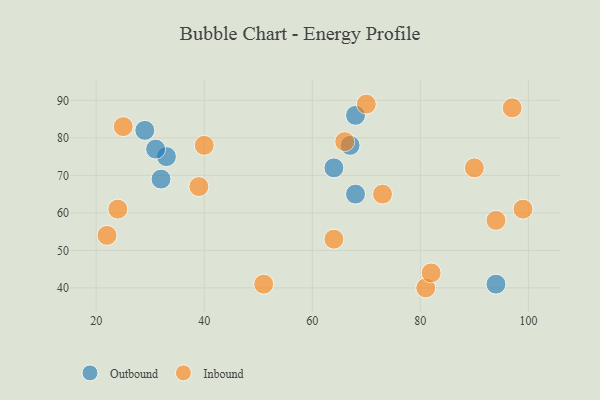
{"axis": {"x": "GDP", "y": "Life Expectancy"}, "legend": ["Inbound", "Outbound"], "data": [{"x": "29", "y": 82, "type": "Outbound"}, {"x": "33", "y": 75, "type": "Outbound"}, {"x": "31", "y": 77, "type": "Outbound"}, {"x": "64", "y": 72, "type": "Outbound"}, {"x": "94", "y": 41, "type": "Outbound"}, {"x": "68", "y": 86, "type": "Outbound"}, {"x": "32", "y": 69, "type": "Outbound"}, {"x": "67", "y": 78, "type": "Outbound"}, {"x": "68", "y": 65, "type": "Outbound"}, {"x": "70", "y": 89, "type": "Inbound"}, {"x": "99", "y": 61, "type": "Inbound"}, {"x": "64", "y": 53, "type": "Inbound"}, {"x": "39", "y": 67, "type": "Inbound"}, {"x": "51", "y": 41, "type": "Inbound"}, {"x": "73", "y": 65, "type": "Inbound"}, {"x": "81", "y": 40, "type": "Inbound"}, {"x": "94", "y": 58, "type": "Inbound"}, {"x": "82", "y": 44, "type": "Inbound"}, {"x": "22", "y": 54, "type": "Inbound"}, {"x": "97", "y": 88, "type": "Inbound"}, {"x": "24", "y": 61, "type": "Inbound"}, {"x": "90", "y": 72, "type": "Inbound"}, {"x": "66", "y": 79, "type": "Inbound"}, {"x": "25", "y": 83, "type": "Inbound"}, {"x": "40", "y": 78, "type": "Inbound"}]}